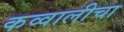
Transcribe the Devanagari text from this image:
कव्वालीचा